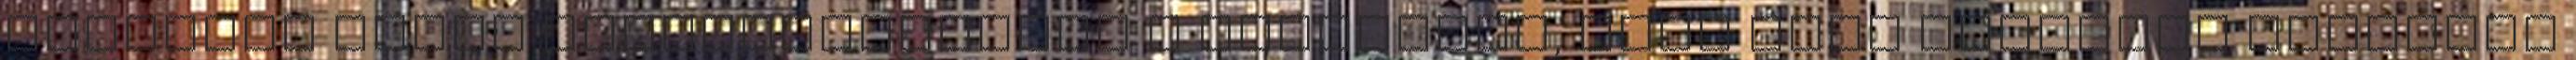
használt vizet visszajuttatják a tárolóhoz, hogy újra melegvíz kerüljön